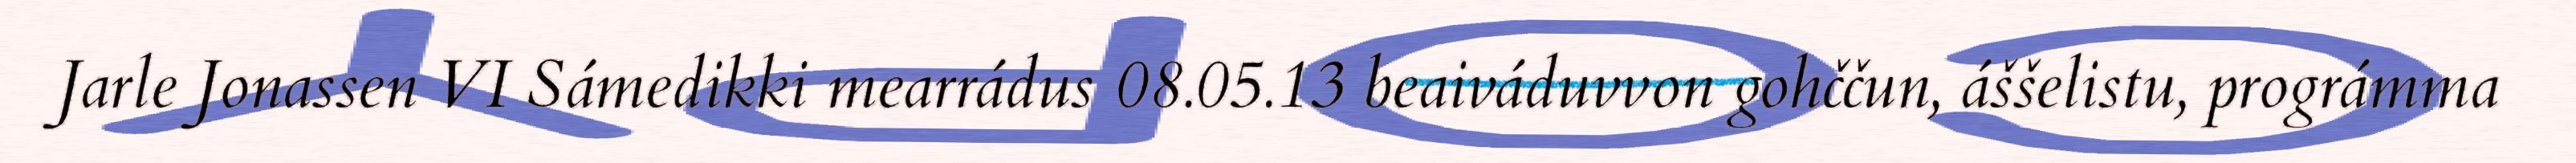
Jarle Jonassen VI Sámedikki mearrádus 08.05.13 beaiváduvvon gohččun, áššelistu, prográmma